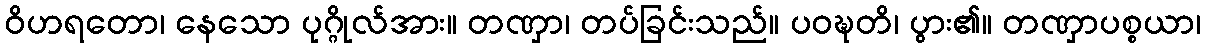
ဝိဟရတော၊ နေသော ပုဂ္ဂိုလ်အား။ တဏှာ၊ တပ်ခြင်းသည်။ ပဝဍ္ဎတိ၊ ပွား၏။ တဏှာပစ္စယာ၊